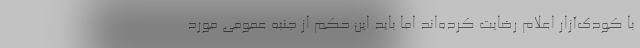
با کودک‌آزار اعلام رضایت کرده‌اند اما باید این حکم از جنبه عمومی مورد